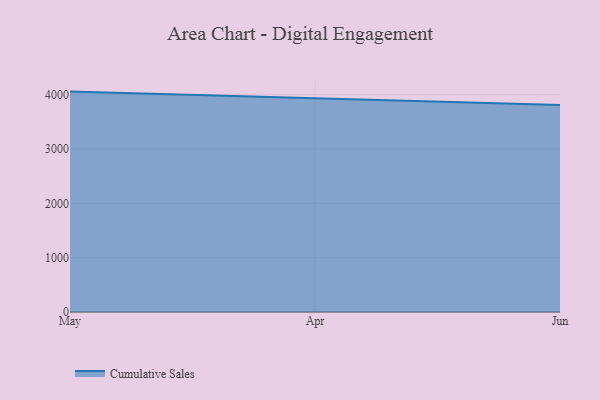
{"axis": {"x": "Month", "y": "Population (Million)"}, "legend": ["Cumulative Sales"], "data": [{"x": "May", "y": 4055.5, "type": "Cumulative Sales"}, {"x": "Apr", "y": 3935.7, "type": "Cumulative Sales"}, {"x": "Jun", "y": 3810.9, "type": "Cumulative Sales"}]}